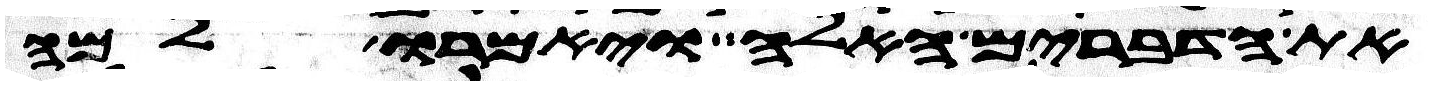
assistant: את הדברים האלה ויאמרו למה